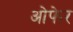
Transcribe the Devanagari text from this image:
ओफेर